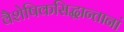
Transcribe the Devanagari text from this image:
वैशेषिकसिद्धान्तानां